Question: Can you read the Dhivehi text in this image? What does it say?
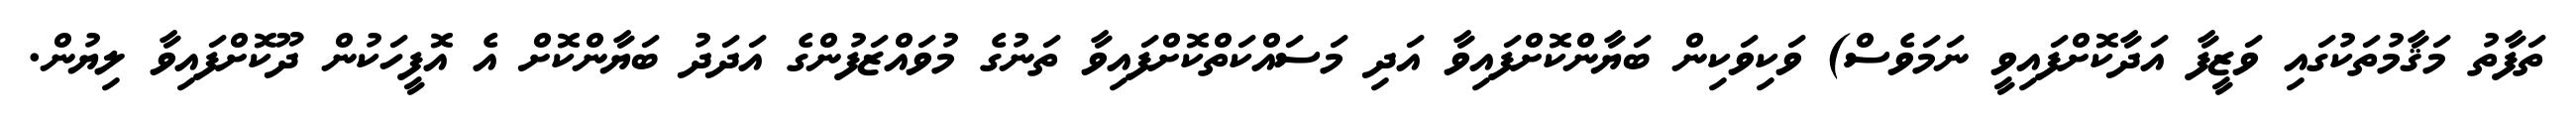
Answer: ތަފާތު މަޤާމުތަކުގައި ވަޒީފާ އަދާކޮށްފައިވީ ނަމަވެސް) ވަކިވަކިން ބަޔާންކޮށްފައިވާ އަދި މަސައްކަތްކޮށްފައިވާ ތަނުގެ މުވައްޒަފުންގެ އަދަދު ބަޔާންކޮށް އެ އޮފީހަކުން ދޫކޮށްފައިވާ ލިޔުން.